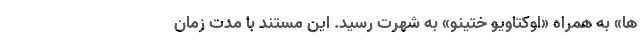
ها» به همراه «اوکتاویو ختینو» به شهرت رسید. این مستند با مدت زمان